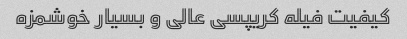
کیفیت فیله کریپسی عالی و بسیار خوشمزه